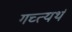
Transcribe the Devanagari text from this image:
गच्त्यर्थ